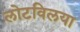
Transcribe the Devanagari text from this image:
लोटविलया